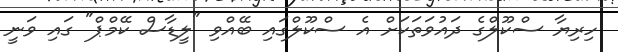
ހިރިޔާ ސްކޫލްގެ ދައުވަތަކަށް އެ ސްކޫލްގައި ބޭއްވި "ލީޑާސް ކޭމްޕް" ގައި ވަނީ